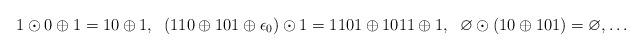
LaTeX: \begin{align*}1\odot0\oplus1=10\oplus1, \;\;(110\oplus101\oplus\epsilon_{0})\odot1=1101\oplus1011\oplus1,\;\; \varnothing\odot(10\oplus101)=\varnothing,\dots\end{align*}